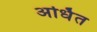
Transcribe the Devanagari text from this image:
अर्धित